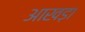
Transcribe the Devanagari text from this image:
आखड़ा